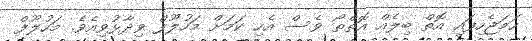
ހަމަޖެހިފައި އޮތް ބިލެއް އޮތްތޯ ވެސް އެހި ކަމަށް މަހުލޫފް ވިދާޅުވިއެވެ. މަހުލޫފް